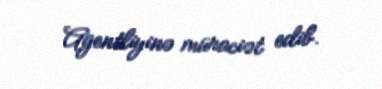
Agentliyinə müraciət edib.